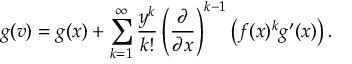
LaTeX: g ( v ) = g ( x ) + \sum _ { k = 1 } ^ { \infty } { \frac { y ^ { k } } { k ! } } \left( { \frac { \partial } { \partial x } } \right) ^ { k - 1 } \left( f ( x ) ^ { k } g ^ { \prime } ( x ) \right) .